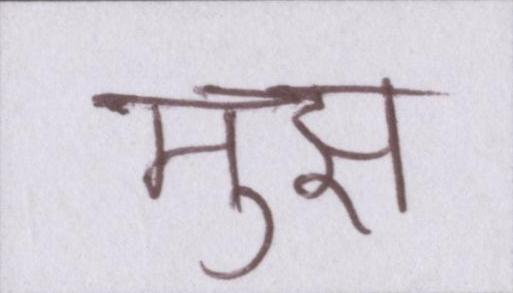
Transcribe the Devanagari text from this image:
मुझ